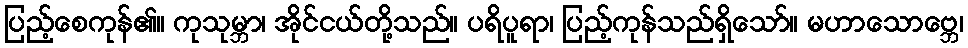
ပြည့်စေကုန်၏။ ကုသုမ္ဘာ၊ အိုင်ငယ်တို့သည်။ ပရိပူရာ၊ ပြည့်ကုန်သည်ရှိသော်။ မဟာသောဗ္ဘေ၊